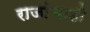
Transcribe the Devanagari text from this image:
राजांचाही